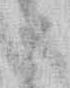
う